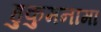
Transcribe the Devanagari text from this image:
हुकुमनामा